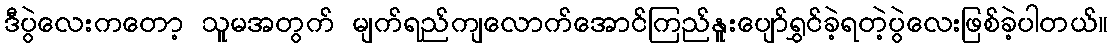
ဒီပွဲလေးကတော့ သူမအတွက် မျက်ရည်ကျလောက်အောင်ကြည်နူးပျော်ရွှင်ခဲ့ရတဲ့ပွဲလေးဖြစ်ခဲ့ပါတယ်။